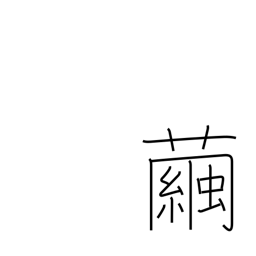
Meaning: cocoon